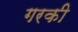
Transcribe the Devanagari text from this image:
गरकी